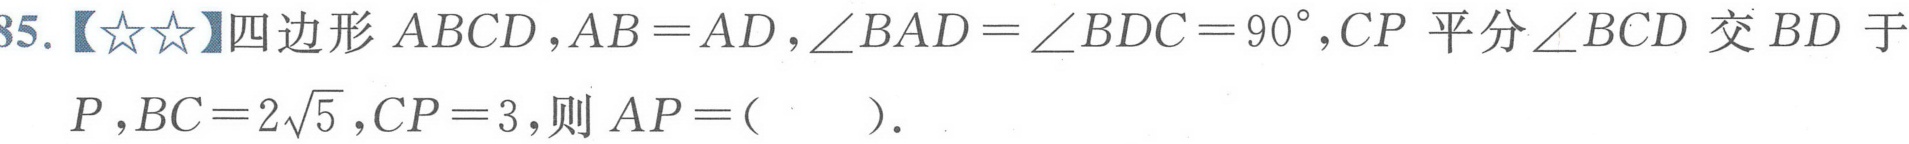
35.【★★】四边形$ABCD，AB = AD，\angle BAD=\angle BDC = 90^{\circ}，CP$平分$\angle BCD$交$BD$于$P，BC = 2\sqrt{5}，CP = 3$，则$AP=($  )．